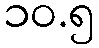
၁၀.၅